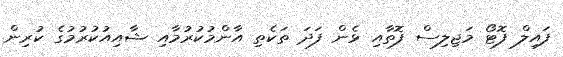
ފައިލް ފޮޓޯ މަޖިލިސް ފޮތާއި ޅެން ފަދަ ތަކެތި އާންމުކުރުމާއި ޝާއިއުކުރުމުގެ ކުރިން